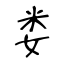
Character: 娄